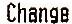
CHANGE